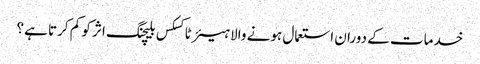
خدمات کے دوران استعمال ہونے والا ہیئر ٹاکسکس بلیچنگ اثر کو کم کرتا ہے؟